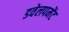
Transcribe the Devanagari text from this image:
डवेलपमेंट